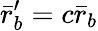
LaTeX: \bar{r}_{b}^{\prime}=c\bar{r}_{b}